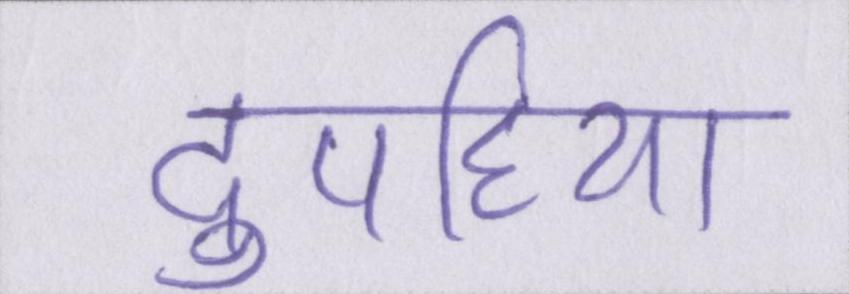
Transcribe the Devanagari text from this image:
दुपहिया